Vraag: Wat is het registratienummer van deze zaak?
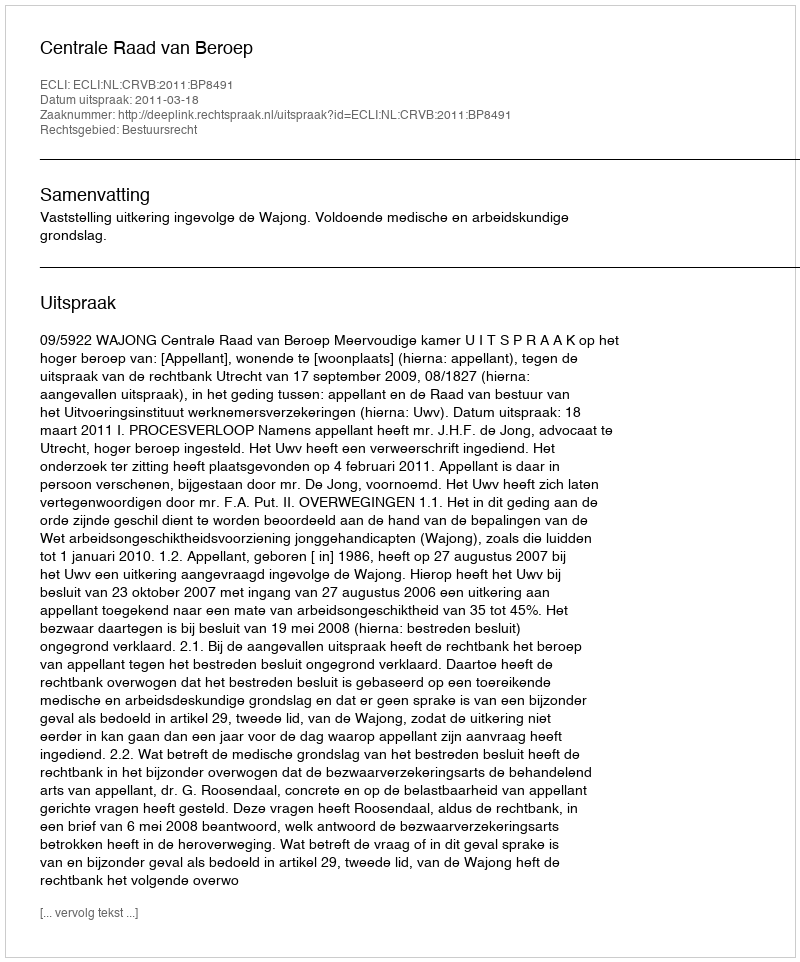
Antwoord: http://deeplink.rechtspraak.nl/uitspraak?id=ECLI:NL:CRVB:2011:BP8491